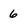
Character: 6